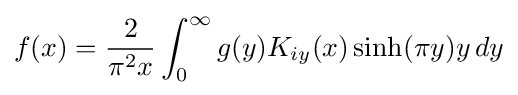
f(x)={\frac {2}{\pi ^{2}x}}\int _{0}^{\infty }g(y)K_{iy}(x)\sinh(\pi y)y\,dy